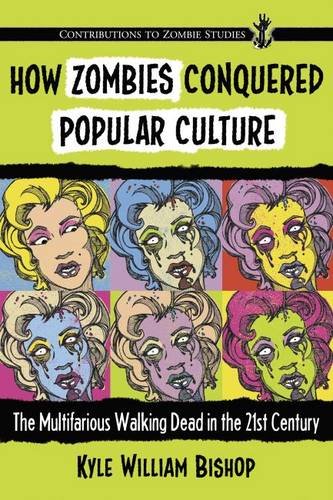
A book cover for How Zombies Conquered Popular Culture: The Multifarious Walking Dead in the 21st Century (Contributions to Zombie Studies); Kyle William Bishop; Comics & Graphic Novels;